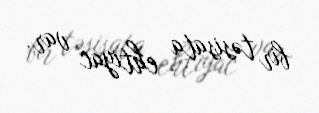
bir təsisata ehtiyac var.